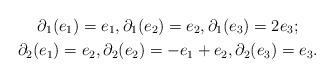
LaTeX: \begin{gather*} \partial_1(e_1) = e_1, \partial_1(e_2) = e_2, \partial_1(e_3) = 2 e_3; \\ \partial_2(e_1) = e_2, \partial_2(e_2) = -e_1 + e_2, \partial_2(e_3) = e_3. \end{gather*}